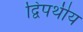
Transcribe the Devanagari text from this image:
द्विपथीय